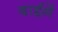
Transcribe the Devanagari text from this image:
बाईनें